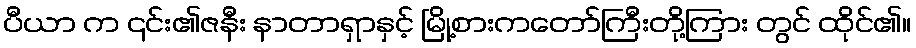
ပီယာ က ၎င်း၏ဇနီး နာတာရှာနှင့် မြို့စားကတော်ကြီးတို့ကြား တွင် ထိုင်၏။